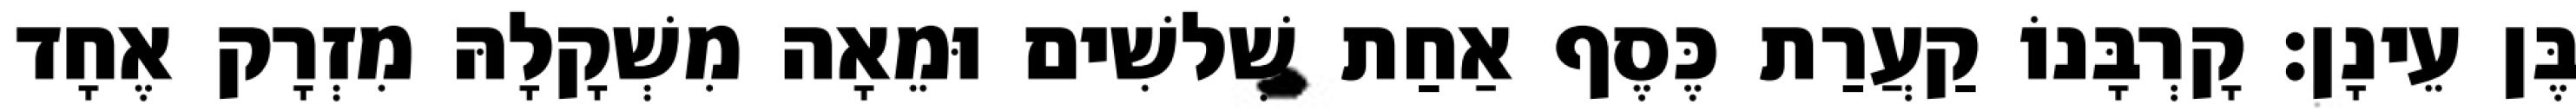
בֶּן עֵינָן׃ קָרְבָּנוֹ קַעֲרַת כֶּסֶף אַחַת שְׁלשִׁים וּמֵאָה מִשְׁקָלָהּ מִזְרָק אֶחָד